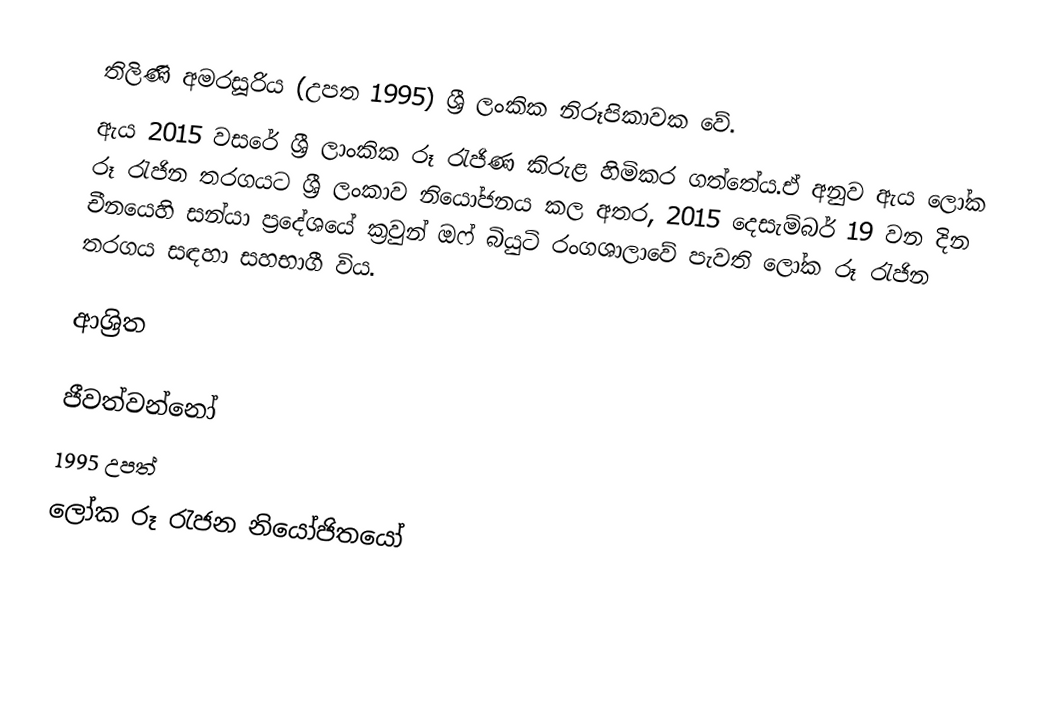
තිලිණි අමරසූරිය (උපත 1995) ශ්‍රී ලංකික නිරූපිකාවක වේ.
ඇය 2015 වසරේ ශ්‍රී ලාංකික රූ රැජිණ කිරුළ හිමිකර ගත්තේය.ඒ අනුව ඇය ලෝක රූ රැජින තරගයට ශ්‍රී ලංකාව නියෝජනය කල අතර, 2015 දෙසැම්බර් 19 වන දින චීනයෙහි සන්යා ප්‍රදේශයේ ක්‍රවුන් ඔෆ් බියුටි රංගශාලාවේ පැවති ලෝක රූ රැජින තරගය සඳහා සහභාගී විය.

ආශ්‍රිත

ජීවත්වන්නෝ
1995 උපත්
ලෝක රූ රැජන නියෝජිතයෝ